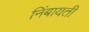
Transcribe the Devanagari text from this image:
निंबायती